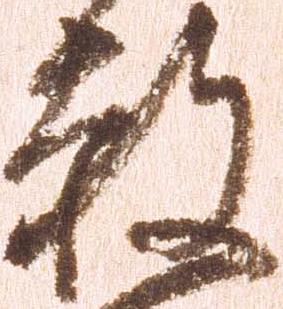
赦